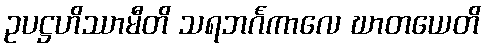
ဥပဋ္ဌဟိဿာမီတိ သရဘင်္ဂကာလေ ဃာတယေတိ